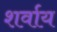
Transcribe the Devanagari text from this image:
शर्वाय